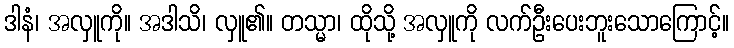
ဒါနံ၊ အလှူကို။ အဒါသိ၊ လှူ၏။ တသ္မာ၊ ထိုသို့ အလှူကို လက်ဦးပေးဘူးသောကြောင့်။